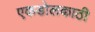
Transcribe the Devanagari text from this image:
एकडोलकाठी